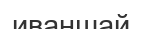
иваншай